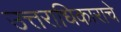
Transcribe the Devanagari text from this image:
उत्तराधिकाराचे